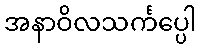
အနာဝိလသင်္ကပ္ပေါ